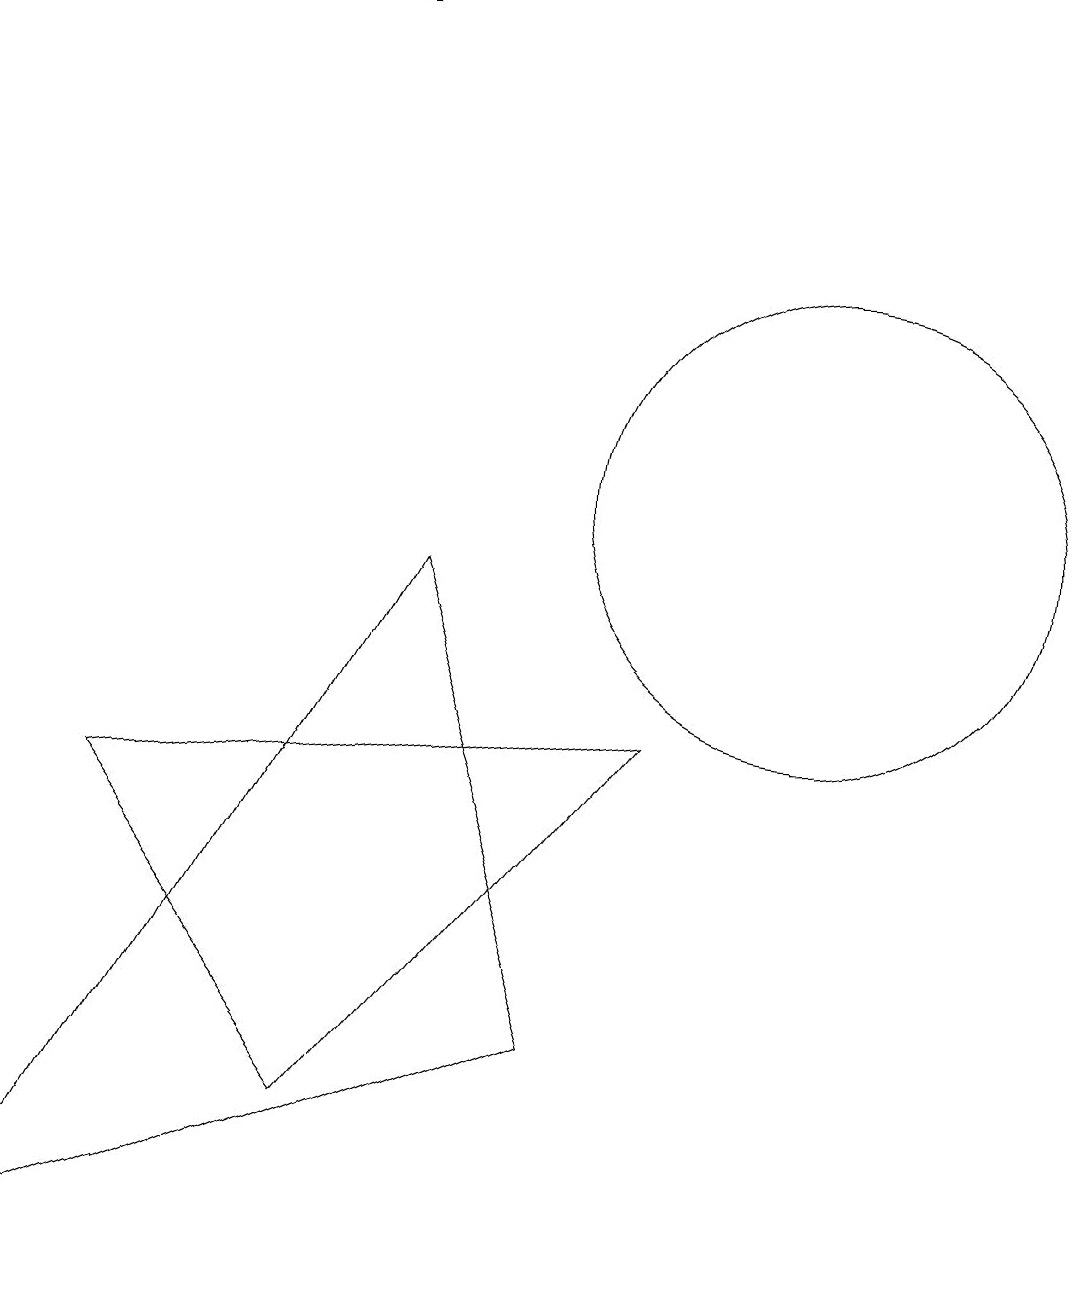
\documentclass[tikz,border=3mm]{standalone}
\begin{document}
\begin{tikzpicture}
\draw (10,12) circle (0);
\draw (11,10) circle (3);
\draw (9,7) -- (5,2) -- (2,6) -- cycle;
\draw (6,9) -- (8,3) -- (1,0) -- cycle;
\draw (5,16) rectangle (2,16);
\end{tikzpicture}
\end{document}